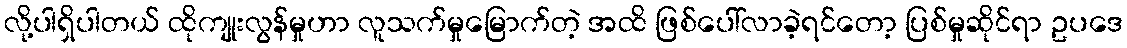
လို့ပါရှိပါတယ် ထိုကျုးလွန်မှုဟာ လူသက်မှုမြောက်တဲ့ အထိ ဖြစ်ပေါ်လာခဲ့ရင်တော့ ပြစ်မှုဆိုင်ရာ ဥပဒေ